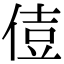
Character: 𠊪